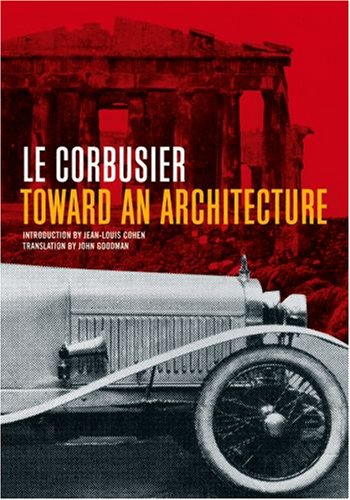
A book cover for Toward an Architecture (Getty Research Institute); A01 Le Corbusier; Arts & Photography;